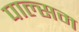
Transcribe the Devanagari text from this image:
पाल्सम